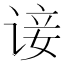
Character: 𫍭